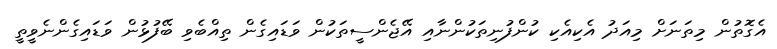
އެގޮތުން މިތަނަށް މިއަދު އެކިއެކި ކުންފުނިތަކުންނާއި އޭޖެންސީތަކުން ވަޑައިގެން ތިއްބެވި ބޭފުޅުން ވަޑައިގެންނެވީތީ